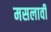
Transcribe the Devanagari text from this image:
मसलावी